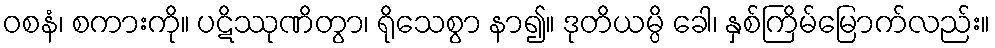
ဝစနံ၊ စကားကို။ ပဋိဿုဏိတွာ၊ ရိုသေစွာ နာ၍။ ဒုတိယမ္ပိ ခေါ၊ နှစ်ကြိမ်မြောက်လည်း။